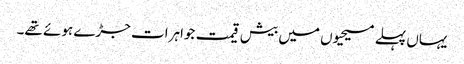
یہاں پہلے مسیحیوں میں بیش قیمت جواہرات جڑے ہوئے تھے۔